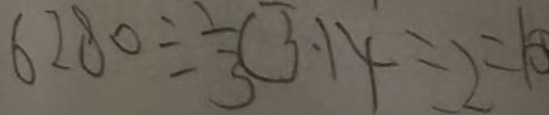
6 2 8 0 \div \frac { 1 } { 3 } ( 3 . 1 4 \div 2 = 1 0